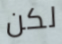
لكن